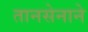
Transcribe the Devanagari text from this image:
तानसेनाने